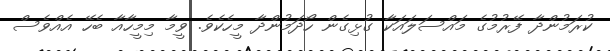
ކުރަމުންދާ ފޭރުމުގެ މައްސަލައަކާ ގުޅިގެން ހޯދަމުންދާ މީހެކެވެ. ވީމާ މިމީހާއާ ބެހޭ އެއްވެސް